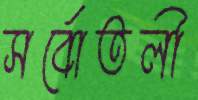
সর্বোতলী